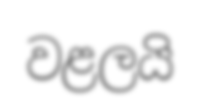
වළලයි